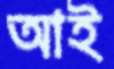
আই